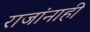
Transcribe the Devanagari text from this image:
राजांनाही